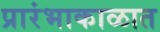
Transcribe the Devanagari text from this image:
प्रारंभाकाळात